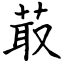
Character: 菆